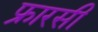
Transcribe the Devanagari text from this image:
फ्रारसी